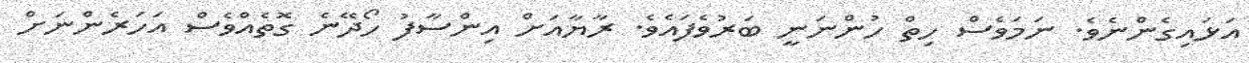
އަޅައިގެންނެވެ. ނަމަވެސް ހިތް ހުންނަނީ ބަރުވެފައެވެ. ރާޔާއަށް އިންސާފު ހޯދޭނެ ގޮތެއްވެސް އަހަރެންނަށް